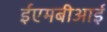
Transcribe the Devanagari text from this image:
ईएमबीआई